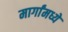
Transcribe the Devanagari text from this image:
मार्गांमध्ये